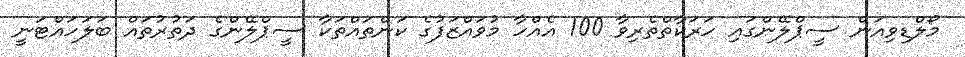
މޯލްޑިވިއަން ސީޕްލޭންގައި ހަރަކާތްތެރިވާ 100 އެއްހާ މުވައްޒަފުގެ ކަންތައްތަކާ ސީޕްލޭންގެ ދަތުރުތައް ބަލަހައްޓަނީ